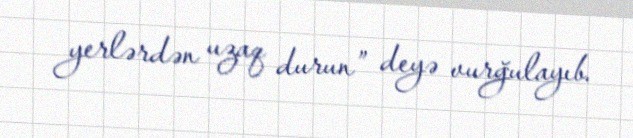
yerlərdən uzaq durun” deyə vurğulayıb.